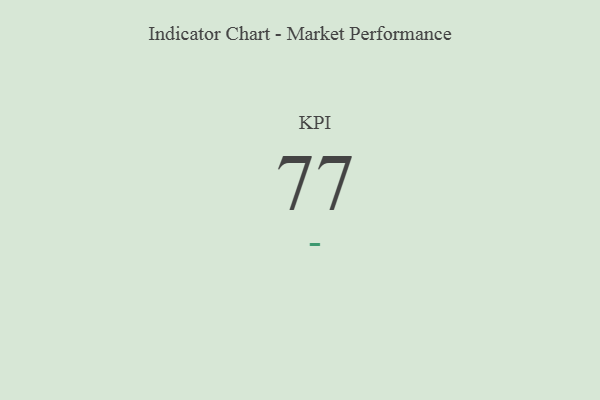
{"axis": {"x": "KPI", "y": "Value"}, "legend": [""], "data": [{"x": "KPI", "y": 77, "type": ""}]}